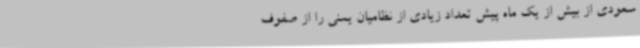
سعودی از بیش از یک ماه پیش تعداد زیادی از نظامیان یمنی را از صفوف